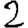
Digit: 2